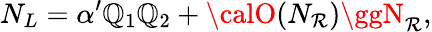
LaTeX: N_{L}=\alpha^{\prime}\mathbb{Q}_{1}\mathbb{Q}_{2}+{\calO}(N_{\mathcal{R}})\ggN_{\mathcal{R}},